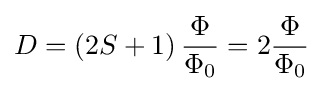
D=\left(2S+1\right){\frac {\Phi }{\Phi _{0}}}=2{\frac {\Phi }{\Phi _{0}}}